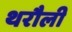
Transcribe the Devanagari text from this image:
थरौली